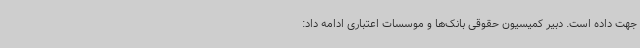
جهت داده است. دبیر کمیسیون حقوقی بانک‌ها و موسسات اعتباری ادامه داد: